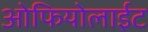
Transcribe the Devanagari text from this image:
ओफियोलाईट